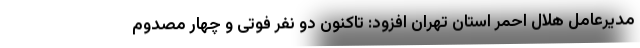
مدیرعامل هلال احمر استان تهران افزود: تاکنون دو نفر فوتی و چهار مصدوم